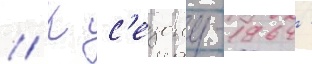
// К с'езону-1964 -